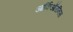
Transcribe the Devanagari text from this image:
आर्किऑरनिस